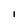
Character: 1